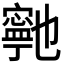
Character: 𭔞